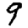
Digit: 9